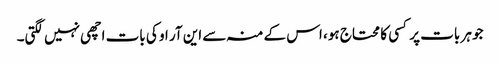
جو ہر بات پر کسی کا محتاج ہو، اس کے منہ سے این آر او کی بات اچھی نہیں لگتی۔